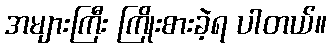
အများကြီး ကြိုးစားခဲ့ရ ပါတယ်။